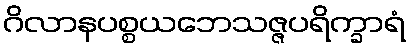
ဂိလာနပစ္စယဘေသဇ္ဇပရိက္ခာရံ